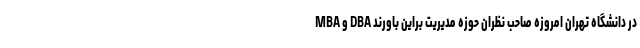
MBA و DBA در دانشگاه تهران امروزه صاحب نظران حوزه مدیریت براین باورند